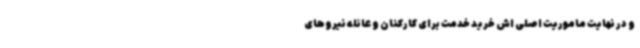
و در نهایت ماموریت اصلی اش خرید خدمت برای کارکنان و عائله نیروهای